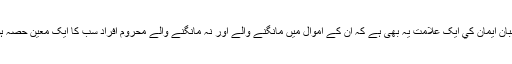
“ ”صاحبان ايمان کي ايک علامت يہ بھى ہے کہ ان کے اموال ميں مانگنے والے اور نہ مانگنے والے محروم افراد سب کا ايک معين حصہ ہوتا ہے۔